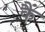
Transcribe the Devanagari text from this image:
कैं